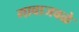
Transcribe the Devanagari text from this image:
गावाजवळे